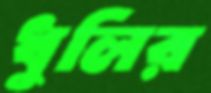
ধুলির